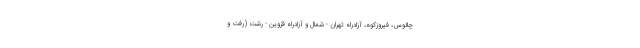
چالوس، فیروزکوه، آزادراه تهران - شمال و آزادراه قزوین - رشت (رفت و